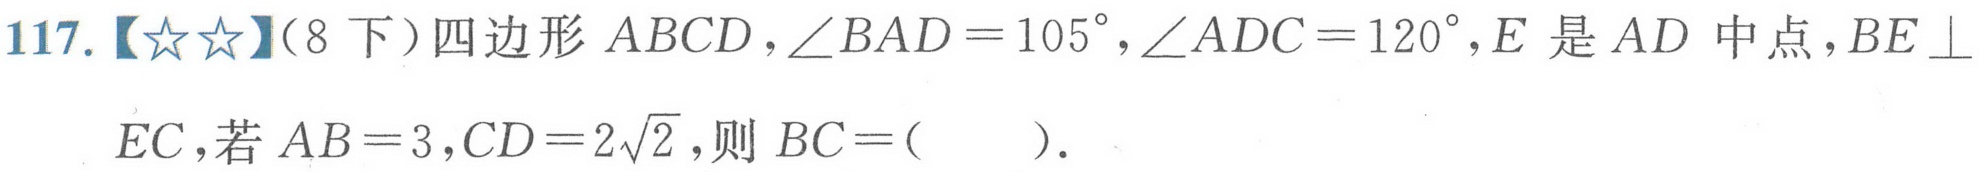
117.【\(☆☆\)】（8下）四边形 \(ABCD\)，\(\angle BAD = 105^{\circ}\)，\(\angle ADC = 120^{\circ}\)，\(E\) 是 \(AD\) 中点，\(BE\perp\)
\(EC\)，若 \(AB = 3\)，\(CD = 2\sqrt{2}\)，则 \(BC = (\quad)\).